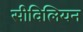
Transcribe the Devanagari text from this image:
सीविलियन